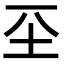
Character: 𡉊